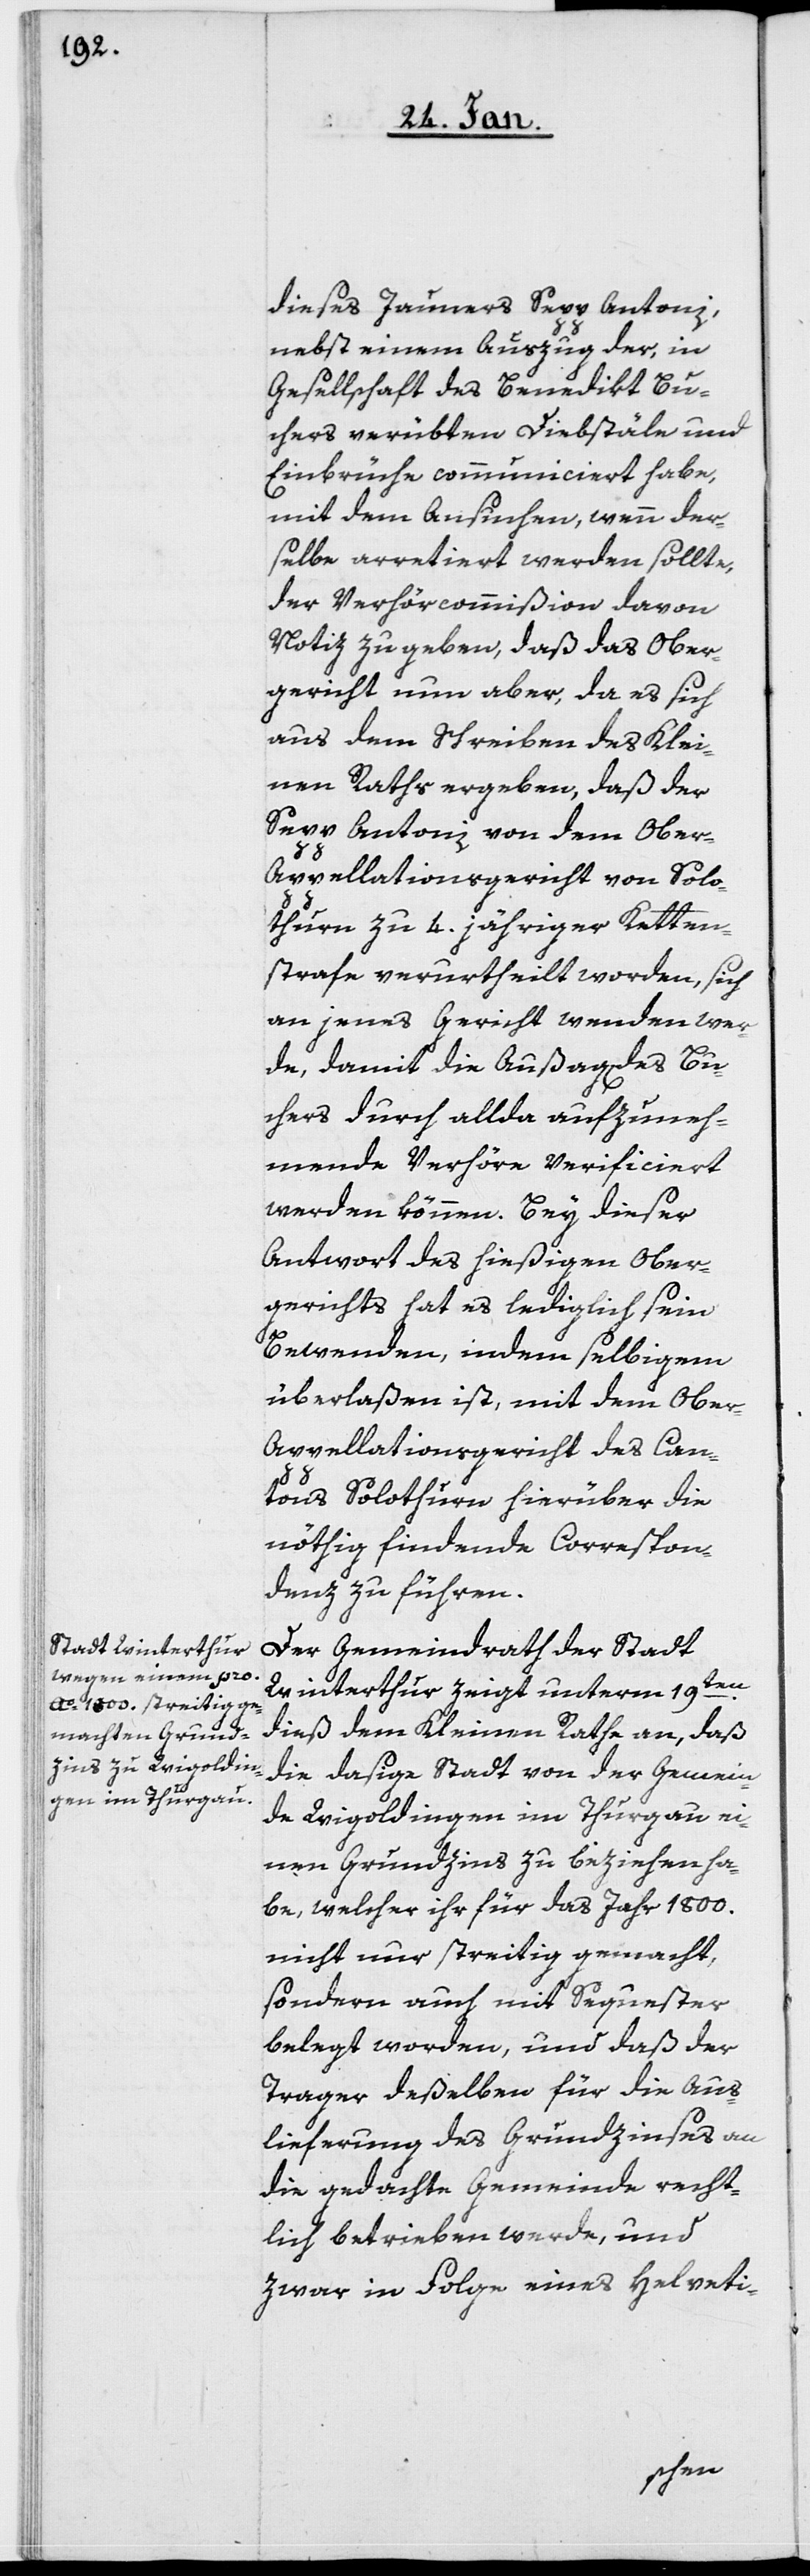
dieses Jauners Sepp Antoni,
nebst einem Auszug der, in
Gesellschaft des Benedikt Bu¬
chers verübten Diebstäle und
Einbrüche communiciert habe,
mit dem Ansuchen, wenn der¬
selbe arretiert werden sollte,
der Verhörkommißion davon
Notiz zu geben, daß das Ober¬
gericht nun aber, da es sich
aus dem Schreiben des Klei¬
nen Raths ergeben, daß der
Sepp Antoni von dem Ober-A¬
ppellationsgericht von Solo¬
thurn zu 4. jähriger Ketten¬
strafe verurtheilt worden, sich
an jenes Gericht wenden wer¬
de, damit die Außag des Bu¬
chers durch allda aufzuneh¬
mende Verhöre verificiert
werden können. Bey dieser
Antwort des hießigen Ober¬
gerichts hat es lediglich sein
Bewenden, indem selbigem
überlaßen ist, mit dem Ober-A¬
ppellationsgericht des Can¬
tons Solothurn hierüber die
nöthig findende Correspon¬
denz zu führen.
Der Gemeindrath der Stadt
Winterthur zeigt unterm 19ten.
dieß dem Kleinen Rathe an, daß
die dasige Stadt von der Gemein¬
de Wigoldingen im Thurgau ei¬
nen Grundzins zu beziehen ha¬
be, welcher ihr für das Jahr 1800.
nicht nur streitig gemacht,
sondern auch mit Sequester
belegt worden, und daß der
Trager deßelben für die Aus¬
lieferung des Grundzinses an
die gedachte Gemeinde recht¬
lich betrieben werde, und
zwar in Folge eines Helveti-